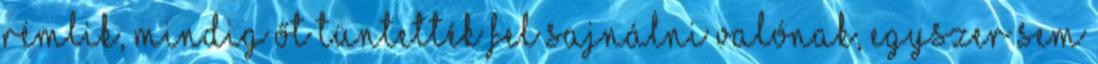
rémlik, mindig őt tüntették fel sajnálni valónak, egyszer sem